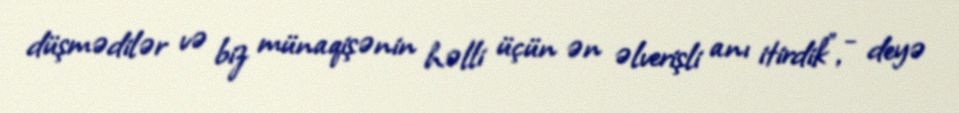
düşmədilər və biz münaqişənin həlli üçün ən əlverişli anı itirdik”, - deyə